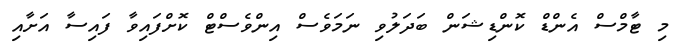
މި ޓާމްސް އެންޑް ކޮންޑިޝަން ބަދަލުވި ނަމަވެސް އިންވެސްޓް ކޮށްފައިވާ ފައިސާ އަށާއި